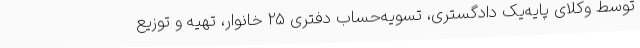
توسط وکلای پایه‌یک دادگستری، تسویه‌حساب دفتری 25 خانوار، تهیه و توزیع